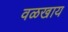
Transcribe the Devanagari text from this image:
वळखाय